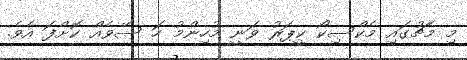
މި މެޗުގައި މެކްސިކޯ ކީޕަރު ވަނީ މުހިންމު ހަ ސޭވެއް ކޮށްފަ އެވެ.